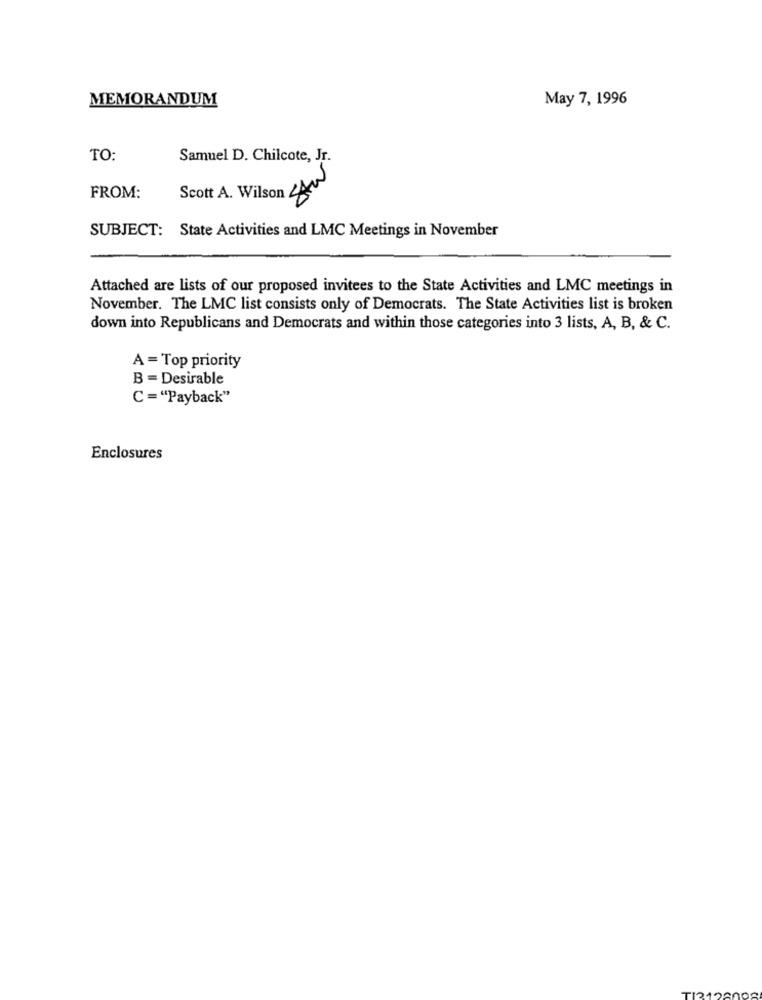
MEMORANDUM
May 7, 1996
TO:
Samuel D. Chilcote, Jr.
Scott A. Wilson LAW
FROM:
SUBJECT: State Activities and LMC Meetings in November
Attached are lists of our proposed invitees to the State Activities and LMC meetings in
November. The LMC list consists only of Democrats. The State Activities list is broken
down into Republicans and Democrats and within those categories into 3 lists, A, B, & C.
A = Top priority
B = Desirable
C ="Payback"
Enclosures